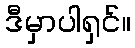
ဒီမှာပါရှင်။